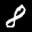
Label: 8